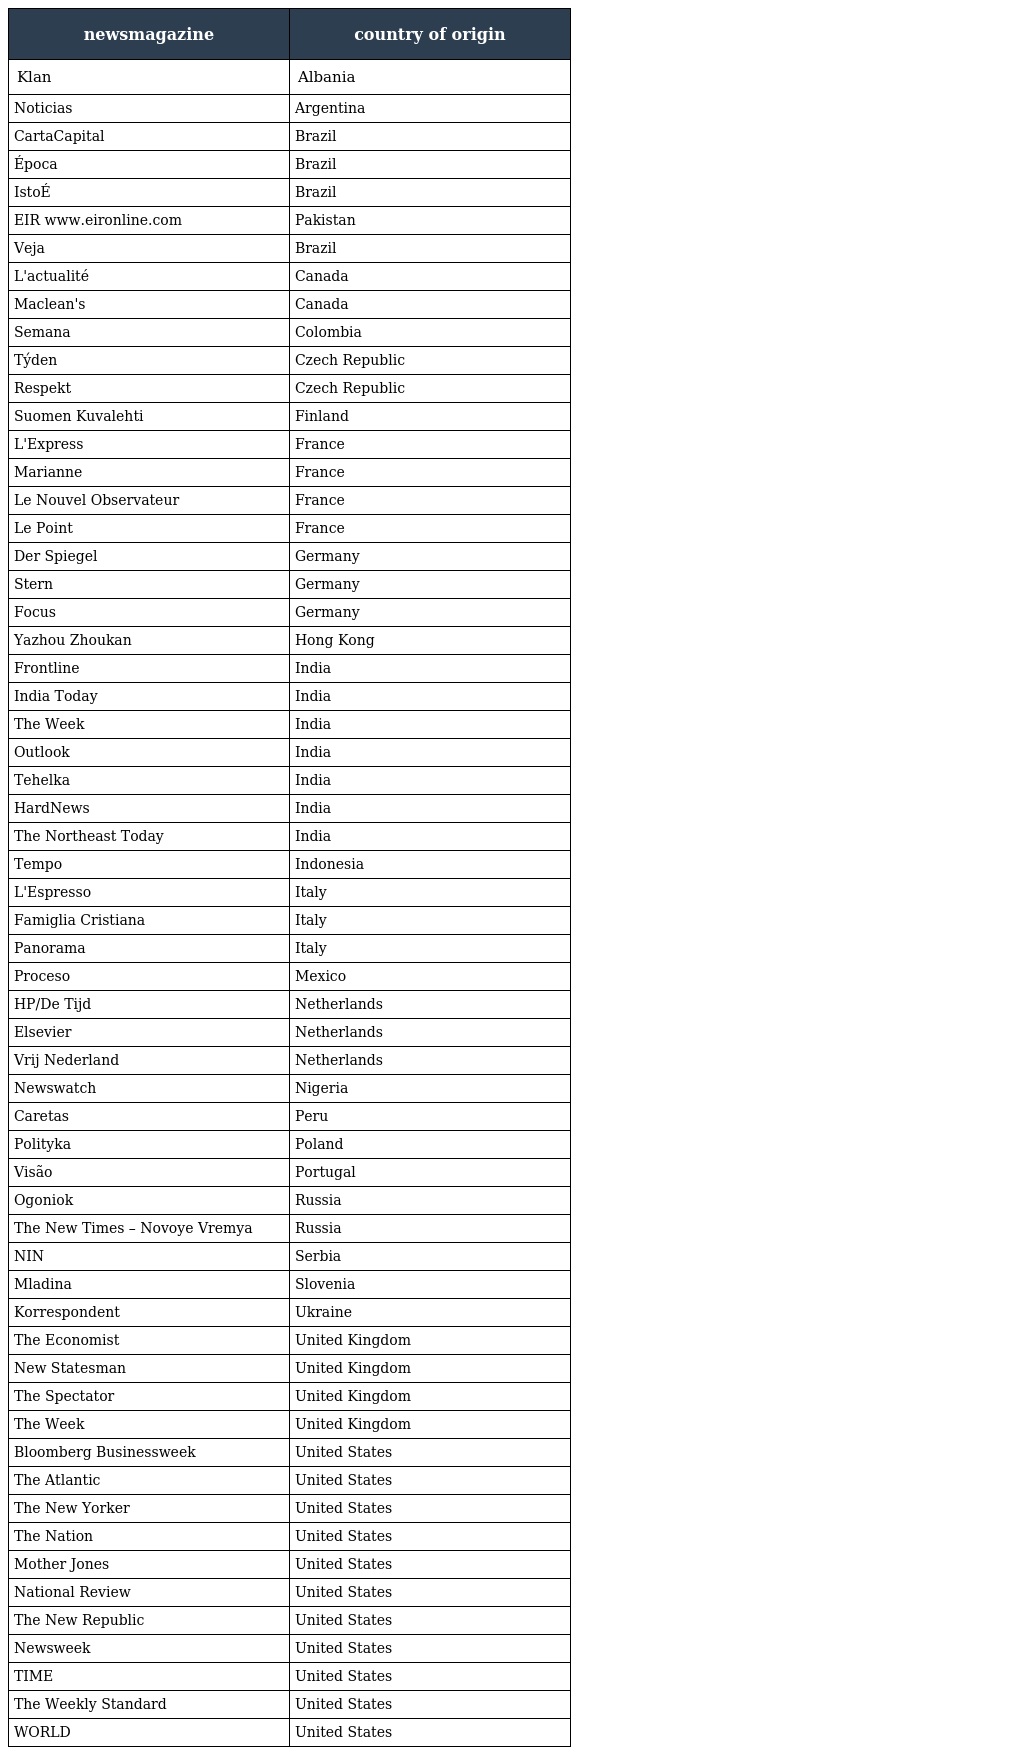
| newsmagazine | country of origin |
 | --- | --- |
 | Klan | Albania |
 | Noticias | Argentina |
 | CartaCapital | Brazil |
 | Época | Brazil |
 | IstoÉ | Brazil |
 | EIR www.eironline.com | Pakistan |
 | Veja | Brazil |
 | L'actualité | Canada |
 | Maclean's | Canada |
 | Semana | Colombia |
 | Týden | Czech Republic |
 | Respekt | Czech Republic |
 | Suomen Kuvalehti | Finland |
 | L'Express | France |
 | Marianne | France |
 | Le Nouvel Observateur | France |
 | Le Point | France |
 | Der Spiegel | Germany |
 | Stern | Germany |
 | Focus | Germany |
 | Yazhou Zhoukan | Hong Kong |
 | Frontline | India |
 | India Today | India |
 | The Week | India |
 | Outlook | India |
 | Tehelka | India |
 | HardNews | India |
 | The Northeast Today | India |
 | Tempo | Indonesia |
 | L'Espresso | Italy |
 | Famiglia Cristiana | Italy |
 | Panorama | Italy |
 | Proceso | Mexico |
 | HP/De Tijd | Netherlands |
 | Elsevier | Netherlands |
 | Vrij Nederland | Netherlands |
 | Newswatch | Nigeria |
 | Caretas | Peru |
 | Polityka | Poland |
 | Visão | Portugal |
 | Ogoniok | Russia |
 | The New Times – Novoye Vremya | Russia |
 | NIN | Serbia |
 | Mladina | Slovenia |
 | Korrespondent | Ukraine |
 | The Economist | United Kingdom |
 | New Statesman | United Kingdom |
 | The Spectator | United Kingdom |
 | The Week | United Kingdom |
 | Bloomberg Businessweek | United States |
 | The Atlantic | United States |
 | The New Yorker | United States |
 | The Nation | United States |
 | Mother Jones | United States |
 | National Review | United States |
 | The New Republic | United States |
 | Newsweek | United States |
 | TIME | United States |
 | The Weekly Standard | United States |
 | WORLD | United States |